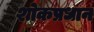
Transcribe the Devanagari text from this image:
शोकप्रधान